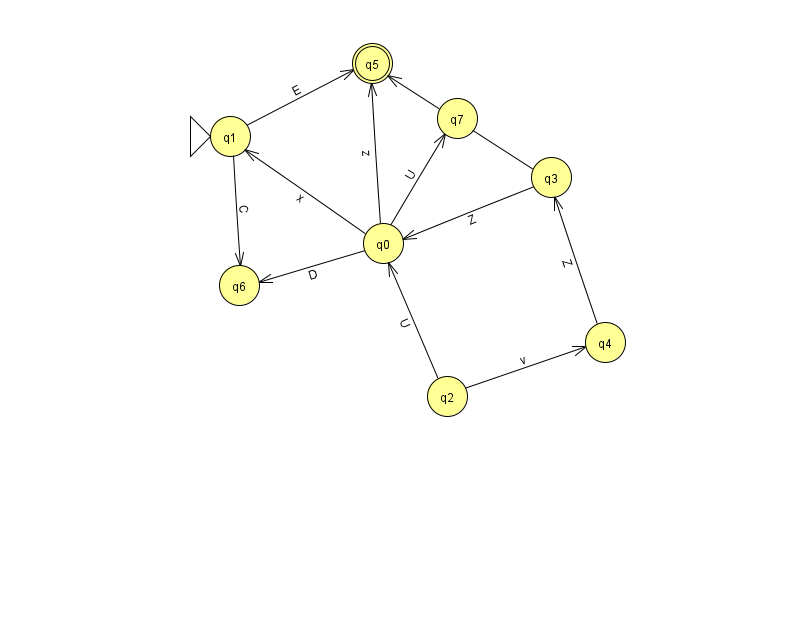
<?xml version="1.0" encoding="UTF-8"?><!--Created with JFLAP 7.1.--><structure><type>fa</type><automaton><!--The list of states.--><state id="0" name="q0"><x>383.0</x><y>230.0</y></state><state id="1" name="q1"><x>230.0</x><y>123.0</y><initial/></state><state id="2" name="q2"><x>447.0</x><y>383.0</y></state><state id="3" name="q3"><x>551.0</x><y>164.0</y></state><state id="4" name="q4"><x>605.0</x><y>329.0</y></state><state id="5" name="q5"><x>372.0</x><y>50.0</y><final/></state><state id="6" name="q6"><x>239.0</x><y>272.0</y></state><state id="7" name="q7"><x>457.0</x><y>105.0</y></state><!--The list of transitions.--><transition><from>0</from><to>1</to><read>x</read></transition><transition><from>1</from><to>5</to><read>E</read></transition><transition><from>2</from><to>4</to><read>v</read></transition><transition><from>0</from><to>6</to><read>D</read></transition><transition><from>4</from><to>3</to><read>Z</read></transition><transition><from>0</from><to>5</to><read>z</read></transition><transition><from>0</from><to>7</to><read>U</read></transition><transition><from>3</from><to>5</to><read>A</read></transition><transition><from>1</from><to>6</to><read>C</read></transition><transition><from>2</from><to>0</to><read>U</read></transition><transition><from>3</from><to>0</to><read>Z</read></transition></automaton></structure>